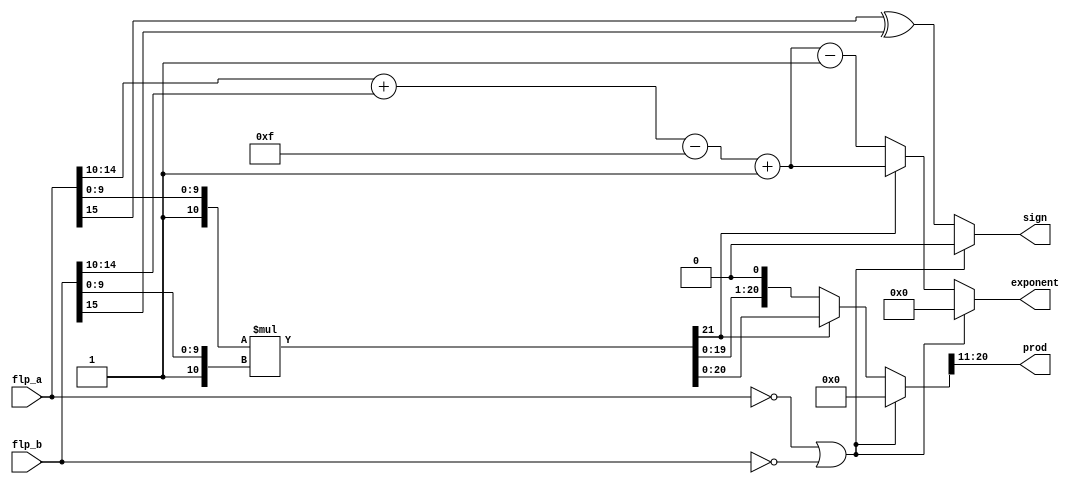
`timescale 1ns / 1ps
// 16 bit floating point multiplier

module flop_mul(flp_a, flp_b, sign, exponent, prod);
input [15:0] flp_a ;
input [15:0] flp_b ;
output reg sign ;
output [9:0] prod  ;
reg [21:0] x;
output reg [4:0] exponent;
assign prod = x[20:11];
always@ * 
    begin
        if (flp_a==0||flp_b==0) 
            begin 
              sign=0;
               x=0;
               exponent=0;
            end     
        else 
           begin
             sign = flp_a[15]^flp_b[15];
             x = {1'b1,flp_a[9:0]}*{1'b1,flp_b[9:0]};
             exponent = flp_a[14:10]+flp_b[14:10]-15+1;
             if( x[21] == 0 ) // since x will be of 10*2 = 20 bits
                 begin
                     x = x <<1;
                     exponent = exponent - 1;
                    end 
           end
    end

endmodule